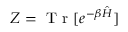
Z = \mathrm { ~ T ~ r ~ } [ e ^ { - \beta \hat { H } } ]